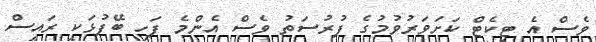
ވެސް އެ ޓިކެޓް ކަށަވަރުވުމުގެ ފުރުސަތު ވެސް އެންމެ ފަހި ބޭފުޅަކީ ރައީސް